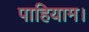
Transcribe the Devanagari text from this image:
पाहियाम।